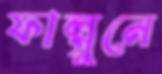
ফাল্গুনে